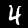
Digit: 4